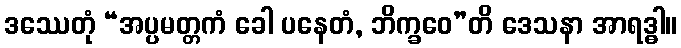
ဒဿေတုံ “အပ္ပမတ္တကံ ခေါ ပနေတံ, ဘိက္ခဝေ”တိ ဒေသနာ အာရဒ္ဓါ။